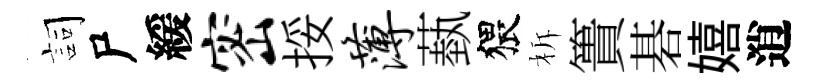
詞尸緩密挼薄蓺猥柝簣碁嬉逍